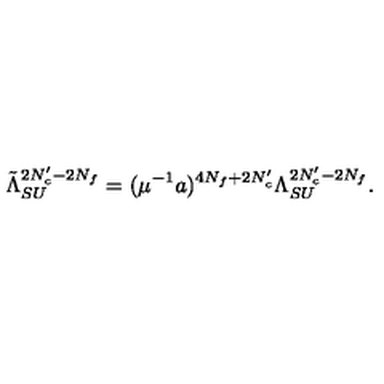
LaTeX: \tilde { \Lambda } _ { S U } ^ { 2 N _ { c } ^ { \prime } - 2 N _ { f } } = ( \mu ^ { - 1 } a ) ^ { 4 N _ { f } + 2 N _ { c } ^ { \prime } } \Lambda _ { S U } ^ { 2 N _ { c } ^ { \prime } - 2 N _ { f } } .